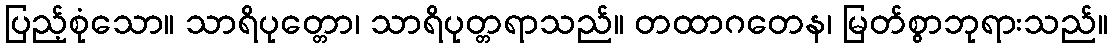
ပြည့်စုံသော။ သာရိပုတ္တော၊ သာရိပုတ္တရာသည်။ တထာဂတေန၊ မြတ်စွာဘုရားသည်။